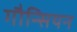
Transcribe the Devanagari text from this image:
गौन्सियन